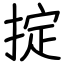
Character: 掟